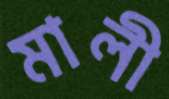
মালী